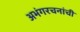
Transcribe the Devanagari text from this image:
अभंगरचनांची